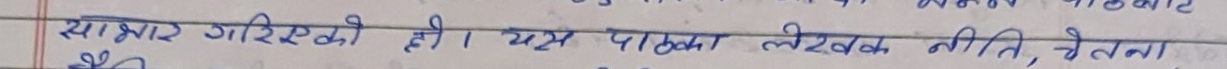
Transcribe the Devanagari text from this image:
साभार गरिएको छी । यस पत्रिका लेखक नीति, चेतना